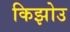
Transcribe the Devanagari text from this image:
किझोउ